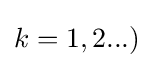
k=1,2...)